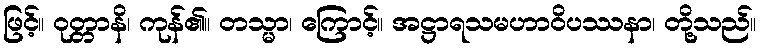
ဖြင့်။ ဝုတ္တာနိ၊ ကုန်၏။ တသ္မာ၊ ကြောင့်။ အဋ္ဌာရသမဟာဝိပဿနာ၊ တို့သည်။